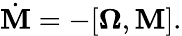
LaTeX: \begin{array}{r}{\dot{\mathbf M}=-[{\boldsymbol\Omega},{\mathbf M}].}\end{array}